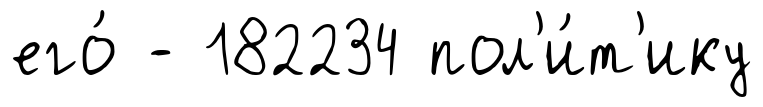
его́ - 182234 пол'и́т'ику